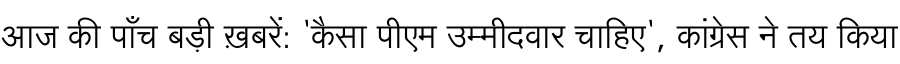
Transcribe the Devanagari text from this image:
आज की पाँच बड़ी ख़बरें: 'कैसा पीएम उम्मीदवार चाहिए', कांग्रेस ने तय किया